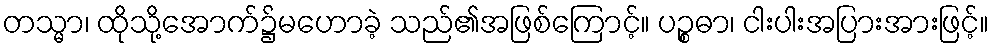
တသ္မာ၊ ထိုသို့အောက်၌မဟောခဲ့ သည်၏အဖြစ်ကြောင့်။ ပဉ္စဓာ၊ ငါးပါးအပြားအားဖြင့်။